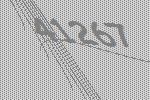
41267